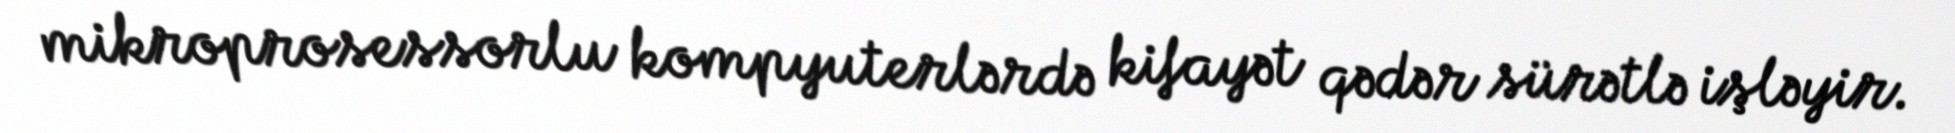
mikroprosessorlu kompyuterlərdə kifayət qədər sürətlə işləyir.